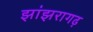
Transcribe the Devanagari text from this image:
झांझरागढ़